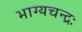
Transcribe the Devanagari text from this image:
भाग्यचन्द्रः